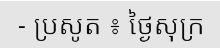
- ប្រសូត ៖ ថ្ងៃសុក្រ